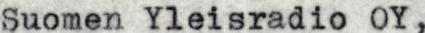
Suomen Yleisradio OY,